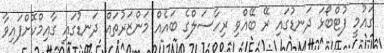
ގައުމީ ފުޓްބޯޅަ ދަނޑުގައި ރޭ ބޭއްވި ރިހާސަލްގެ ބައެއް މަންޒަރުތައް ދަނޑުގައި ގާއިމްކޮށްފައިވާ